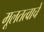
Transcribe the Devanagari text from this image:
मूलतत्वाचे